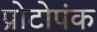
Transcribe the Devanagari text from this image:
प्रोटोपंक